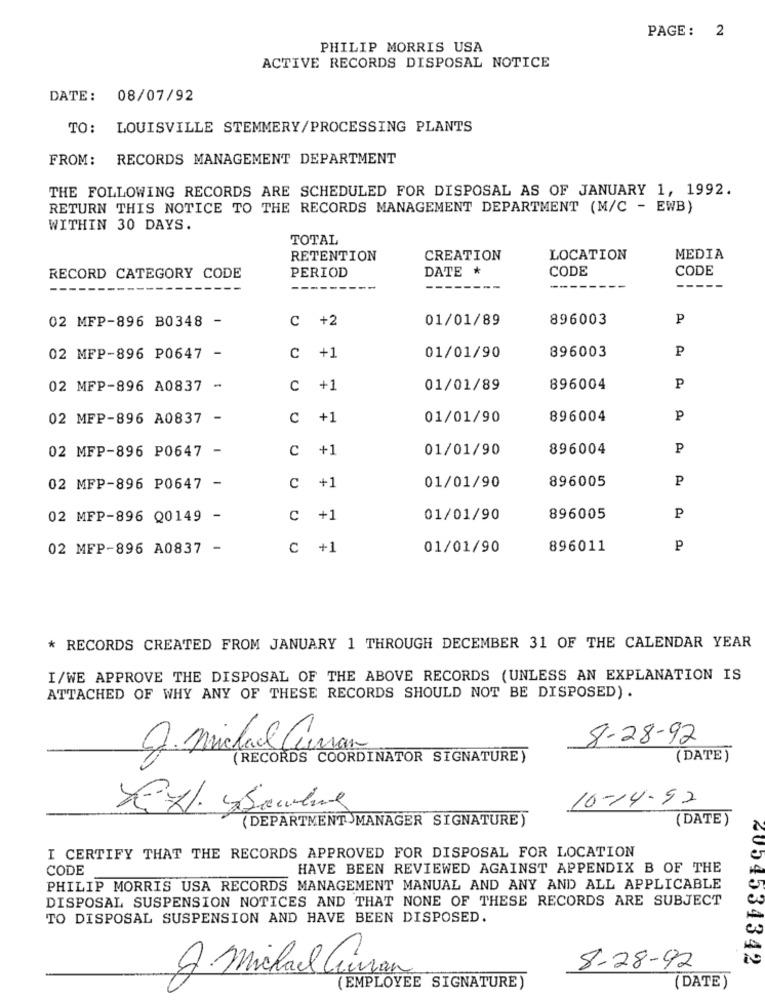
PAGE: 2
PHILIP MORRIS USA
ACTIVE RECORDS DISPOSAL NOTICE
DATE: 08/07/92
TO: LOUISVILLE STEMMERY/PROCESSING PLANTS
FROM:
RECORDS MANAGEMENT DEPARTMENT
THE FOLLOWING RECORDS ARE SCHEDULED FOR DISPOSAL AS OF JANUARY 1, 1992.
RETURN THIS NOTICE TO THE RECORDS MANAGEMENT DEPARTMENT (M/C - EWB)
WITHIN 30 DAYS.
TOTAL
RETENTION
CREATION
LOCATION
MEDIA
DATE *
CODE
CODE
RECORD CATEGORY CODE
PERIOD
---
02 MFP-896 B0348 -
C
+2
01/01/89
896003
P
C
P
02 MFP-896 P0647 -
+1
01/01/90
896003
02 MFP-896 A0837 -
C
+1
01/01/89
896004
P
02 MFP-896 A0837 -
C
+1
01/01/90
896004
P
02 MFP-896 PO647 -
C
+1
01/01/90
896004
P
896005
P
02 MFP-896 P0647 -
C
+1
01/01/90
02 MFP-896 Q0149 -
C
+1
01/01/90
896005
P
02 MFP-896 A0837 -
C +1
01/01/90
896011
P
* RECORDS CREATED FROM JANUARY 1 THROUGH DECEMBER 31 OF THE CALENDAR YEAR
I/WE APPROVE THE DISPOSAL OF THE ABOVE RECORDS (UNLESS AN EXPLANATION IS
ATTACHED OF WHY ANY OF THESE RECORDS SHOULD NOT BE DISPOSED).
8-28-92
J.michael Cu
unan
(RECORDS COORDINATOR SIGNATURE)
(DATE)
16-14-92
(DEPARTMENT MANAGER SIGNATURE)
(DATE)
I CERTIFY THAT THE RECORDS APPROVED FOR DISPOSAL FOR LOCATION
CODE
HAVE BEEN REVIEWED AGAINST APPENDIX B OF THE
PHILIP MORRIS USA RECORDS MANAGEMENT MANUAL AND ANY AND ALL APPLICABLE
DISPOSAL SUSPENSION NOTICES AND THAT NONE OF THESE RECORDS ARE SUBJECT
TO DISPOSAL SUSPENSION AND HAVE BEEN DISPOSED.
4054534342
A michael Curran
8-28-92
(EMPLOYEE SIGNATURE)
(DATE)